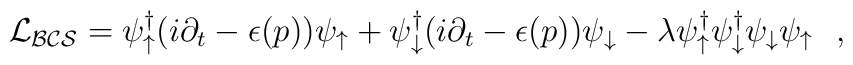
{\cal  L_{BCS}} =  \psi^\dagger_\uparrow  (i  \partial_t  -  \epsilon (p))\psi_\uparrow   +  \psi^\dagger_\downarrow  (i  \partial_t - \epsilon (p))\psi_\downarrow   - \lambda \psi^\dagger_\uparrow \psi^\dagger_\downarrow\psi_\downarrow \psi_\uparrow \, \, \, \, ,